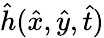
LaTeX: \hat{h}(\hat{x},\hat{y},\hat{t})